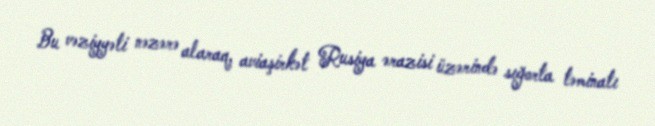
Bu vəziyyəti nəzərə alaraq, aviaşirkət Rusiya ərazisi üzərində sığorta təminatı